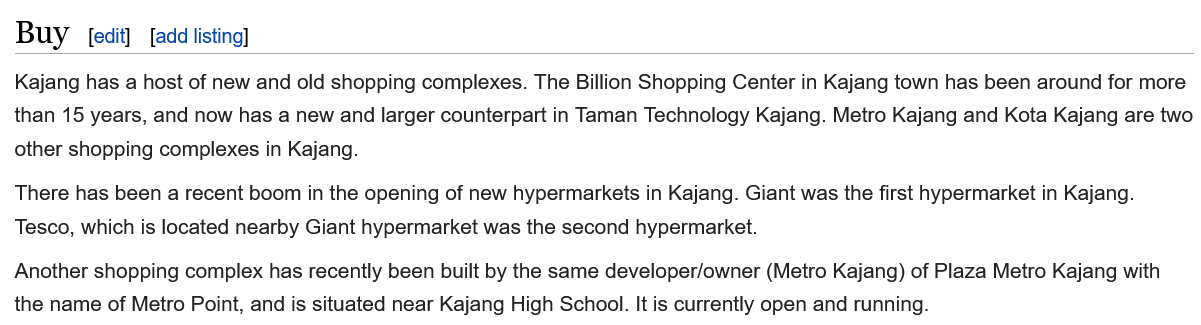
Buy   fedit] [add listing]
  Kajang has a host of new and old shopping complexes. The Billion Shopping Center in Kajang town has been around for more
  than 15 years, and now has a new and larger counterpart in Taman Technology Kajang. Metro Kajang and Kota Kajang are two
  other shopping complexes in Kajang.
  There has been a recent boom in the opening of new hypermarkets in Kajang. Giant was the first hypermarket in Kajang.
  Tesco, which is located nearby Giant hypermarket was the second hypermarket.
  Another shopping complex has recently been built by the same developer/owner (Metro Kajang) of Plaza Metro Kajang |
  the name of Metro Point, and is situated near Kajang High School. It is currently open and running.